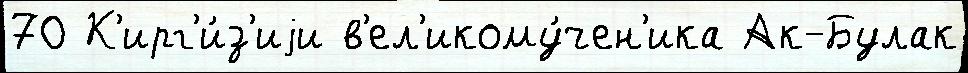
70 К'ирг'и́з'иjи в'ел'икому́чен'ика Ак-Булак